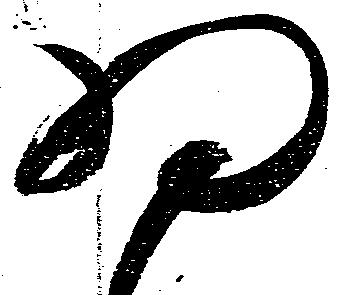
為